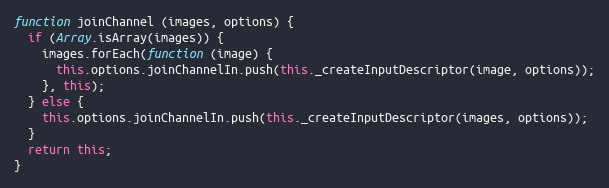
Language: JavaScript
function joinChannel (images, options) {
  if (Array.isArray(images)) {
    images.forEach(function (image) {
      this.options.joinChannelIn.push(this._createInputDescriptor(image, options));
    }, this);
  } else {
    this.options.joinChannelIn.push(this._createInputDescriptor(images, options));
  }
  return this;
}